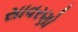
સાવરણો